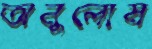
অনুলোম